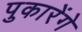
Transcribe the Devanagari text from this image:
पुकारेंगे